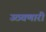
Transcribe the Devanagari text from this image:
उठवणारी